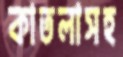
কাতলাসহ